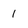
Character: 1